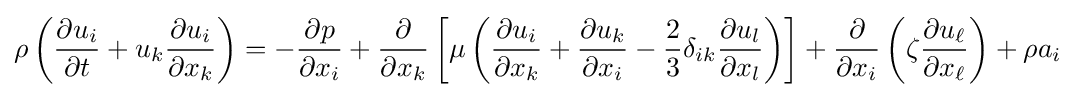
\rho \left({\frac {\partial u_{i}}{\partial t}}+u_{k}{\frac {\partial u_{i}}{\partial x_{k}}}\right)=-{\frac {\partial p}{\partial x_{i}}}+{\frac {\partial }{\partial x_{k}}}\left[\mu \left({\frac {\partial u_{i}}{\partial x_{k}}}+{\frac {\partial u_{k}}{\partial x_{i}}}-{\frac {2}{3}}\delta _{ik}{\frac {\partial u_{l}}{\partial x_{l}}}\right)\right]+{\frac {\partial }{\partial x_{i}}}\left(\zeta {\frac {\partial u_{\ell }}{\partial x_{\ell }}}\right)+\rho a_{i}